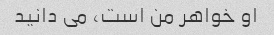
او خواهر من است، می دانید